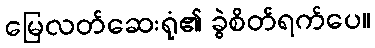
မြေလတ်ဆေးရုံ၏ ခွဲစိတ်ရက်ပေ။